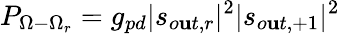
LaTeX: P_{\Omega-\Omega_{r}}=g_{pd}|s_{o\mathbf{u}t,r}|^{2}|s_{o\mathbf{u}t,+1}|^{2}